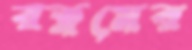
রত্নমের